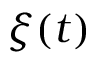
\xi ( t )